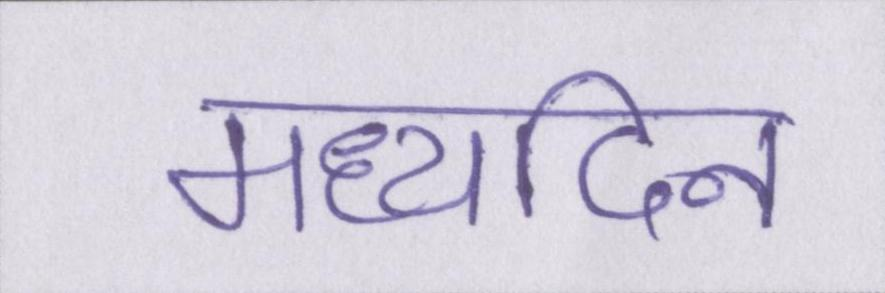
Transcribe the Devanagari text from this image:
मध्यदिन